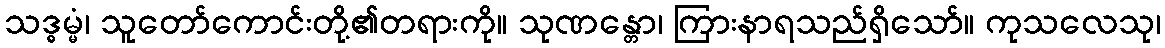
သဒ္ဓမ္မံ၊ သူတော်ကောင်းတို့၏တရားကို။ သုဏန္တော၊ ကြားနာရသည်ရှိသော်။ ကုသလေသု၊